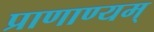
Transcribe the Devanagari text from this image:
प्राणाण्यम्